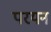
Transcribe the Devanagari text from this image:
परयन